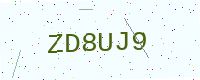
Text: ZD8UJ9